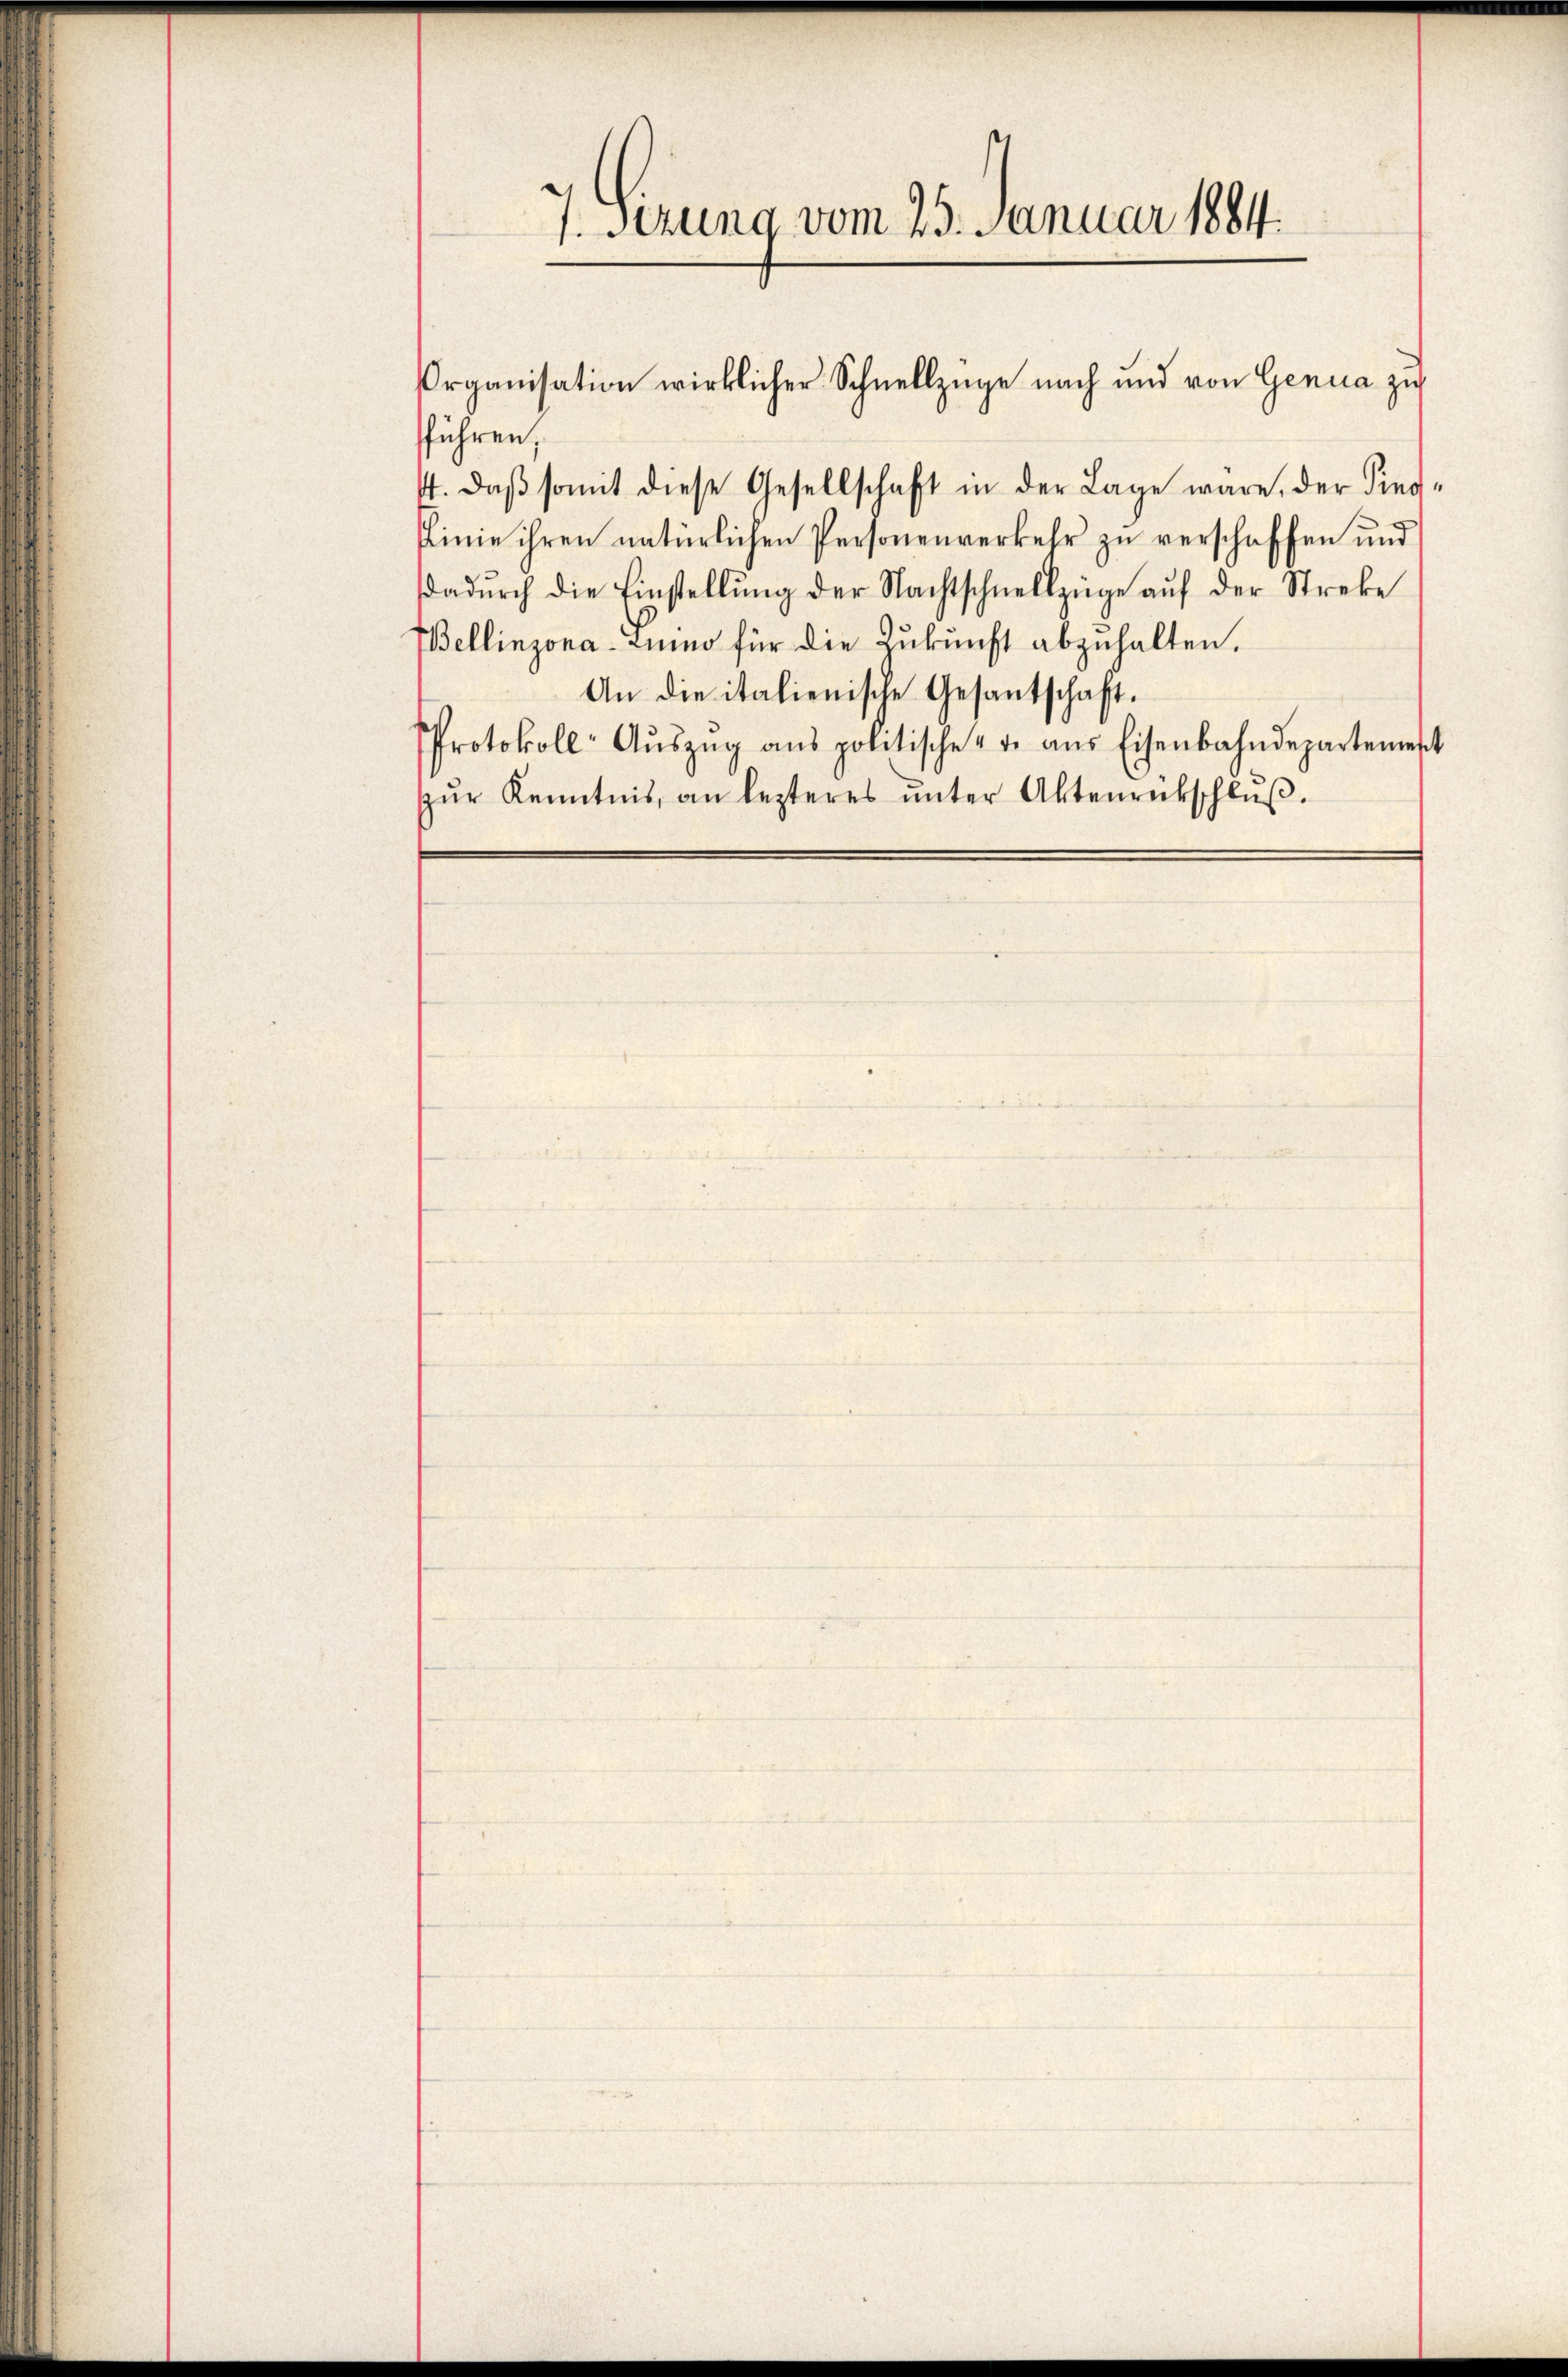
7. sezung vom 25. Januar 1884.

sführen;
4. daβ somit diese Gesellschaft in der Lage wäre, der Sieg-
Pinie ihren natürlichen Personenverkehr zu verschaffen und
dadŭrch die Einstellŭng der Nachtschnellzüge aŭf der Streke
Bellinzona-Luino für die Zukunft abzuhalten.
An die italienische Gesandtschaft.
PProtokoll- Aŭszŭg ans politische - u. aŭs Eisenbahndepartemest
zŭr Kenntnis, an lezteres ŭnter Aktenrückschlŭβ.

Organisation wirklicher Schnellzüge nach und von Genua zu